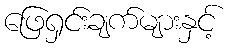
ဖြေရှင်းချက်များနှင့်